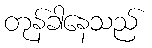
တုန်ခါနေသည်